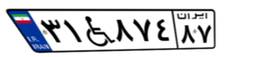
۳۱W۸۷۴۸۷